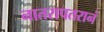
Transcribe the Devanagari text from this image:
नातरापतरानं